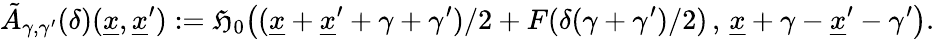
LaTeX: \tilde{A}_{\gamma,\gamma^{\prime}}(\delta)(\underline{{x}},\underline{{x}}^{\prime}):=\mathfrak{H}_{0}\big((\underline{{x}}+\underline{{x}}^{\prime}+\gamma+\gamma^{\prime})/2+F(\delta(\gamma+\gamma^{\prime})/2)\, ,\, \underline{{x}}+\gamma-\underline{{x}}^{\prime}-\gamma^{\prime}\big).